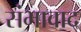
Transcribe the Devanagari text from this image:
संभावाद